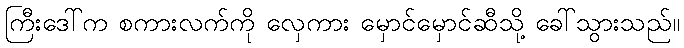
ကြီးဒေါ်က စကားလက်ကို လှေကား မှောင်မှောင်ဆီသို့ ခေါ်သွားသည်။